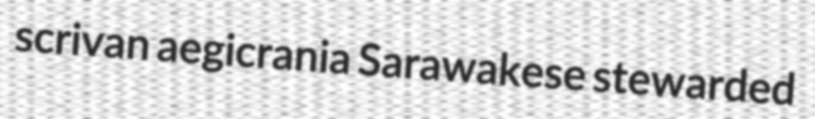
scrivan aegicrania Sarawakese stewarded